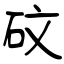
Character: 砇